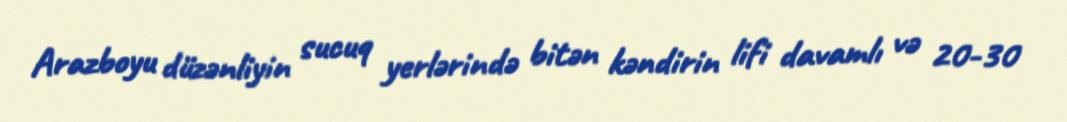
Arazboyu düzənliyin sucuq yerlərində bitən kəndirin lifi davamlı və 20-30